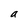
Character: a